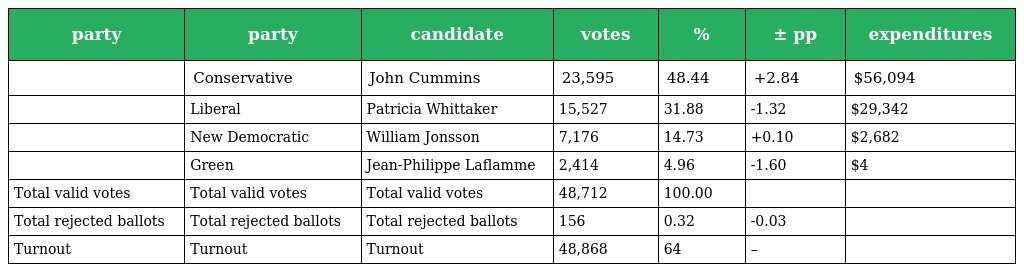
| party | party | candidate | votes | % | ± pp | expenditures |
 | --- | --- | --- | --- | --- | --- | --- |
 |  | Conservative | John Cummins | 23,595 | 48.44 | +2.84 | $56,094 |
 |  | Liberal | Patricia Whittaker | 15,527 | 31.88 | -1.32 | $29,342 |
 |  | New Democratic | William Jonsson | 7,176 | 14.73 | +0.10 | $2,682 |
 |  | Green | Jean-Philippe Laflamme | 2,414 | 4.96 | -1.60 | $4 |
 | Total valid votes | Total valid votes | Total valid votes | 48,712 | 100.00 |  |  |
 | Total rejected ballots | Total rejected ballots | Total rejected ballots | 156 | 0.32 | -0.03 |  |
 | Turnout | Turnout | Turnout | 48,868 | 64 | – |  |